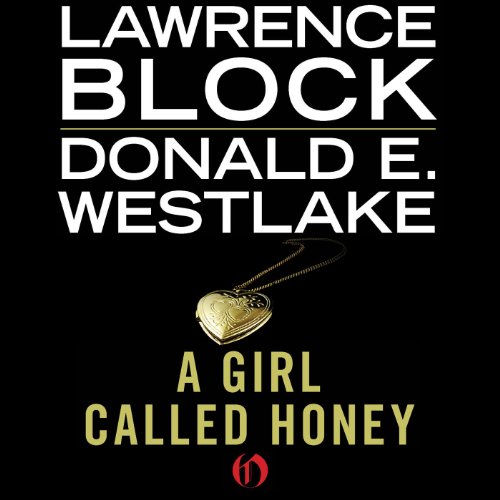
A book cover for A Girl Called Honey; Lawrence Block; Romance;